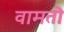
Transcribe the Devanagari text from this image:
वामतॊ